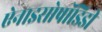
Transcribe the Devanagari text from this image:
ऐनाइसोपॉडिडी